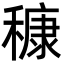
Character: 穅